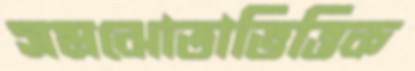
সমঝোতাভিত্তিক